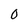
Character: 0